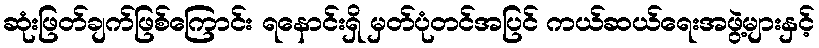
ဆုံးဖြတ်ချက်ဖြစ်ကြောင်း ရနောင်းရှိ မှတ်ပုံတင်အပြင် ကယ်ဆယ်ရေးအဖွဲ့များနှင့်